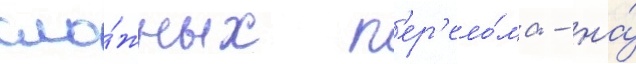
сло́жных п'ер'ело́ма - на́